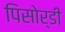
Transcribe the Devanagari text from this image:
पिसोर्डी